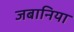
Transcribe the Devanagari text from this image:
जबानिया